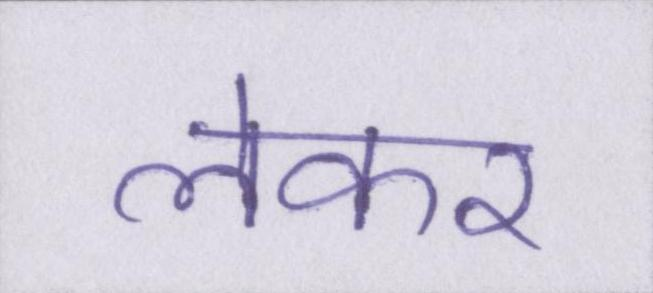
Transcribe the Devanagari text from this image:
लेकर